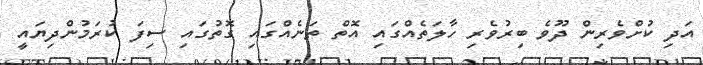
އަދި ކުށްވެރިން ދޫވެ ބިރުވެރި ހާލަތެއްގައި އޮތް ތަނެއްގައި ގޮތުގައި ސިފަ ކުރަމުންދިޔައީ